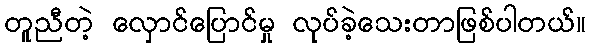
တူညီတဲ့ လှောင်ပြောင်မှု လုပ်ခဲ့သေးတာဖြစ်ပါတယ်။